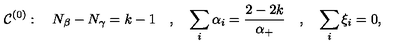
{ \cal C } ^ { ( 0 ) } : \quad N _ { \beta } - N _ { \gamma } = k - 1 \quad , \quad \sum _ { i } \alpha _ { i } = { \frac { 2 - 2 k } { \alpha _ { + } } } \quad , \quad \sum _ { i } \xi _ { i } = 0 ,